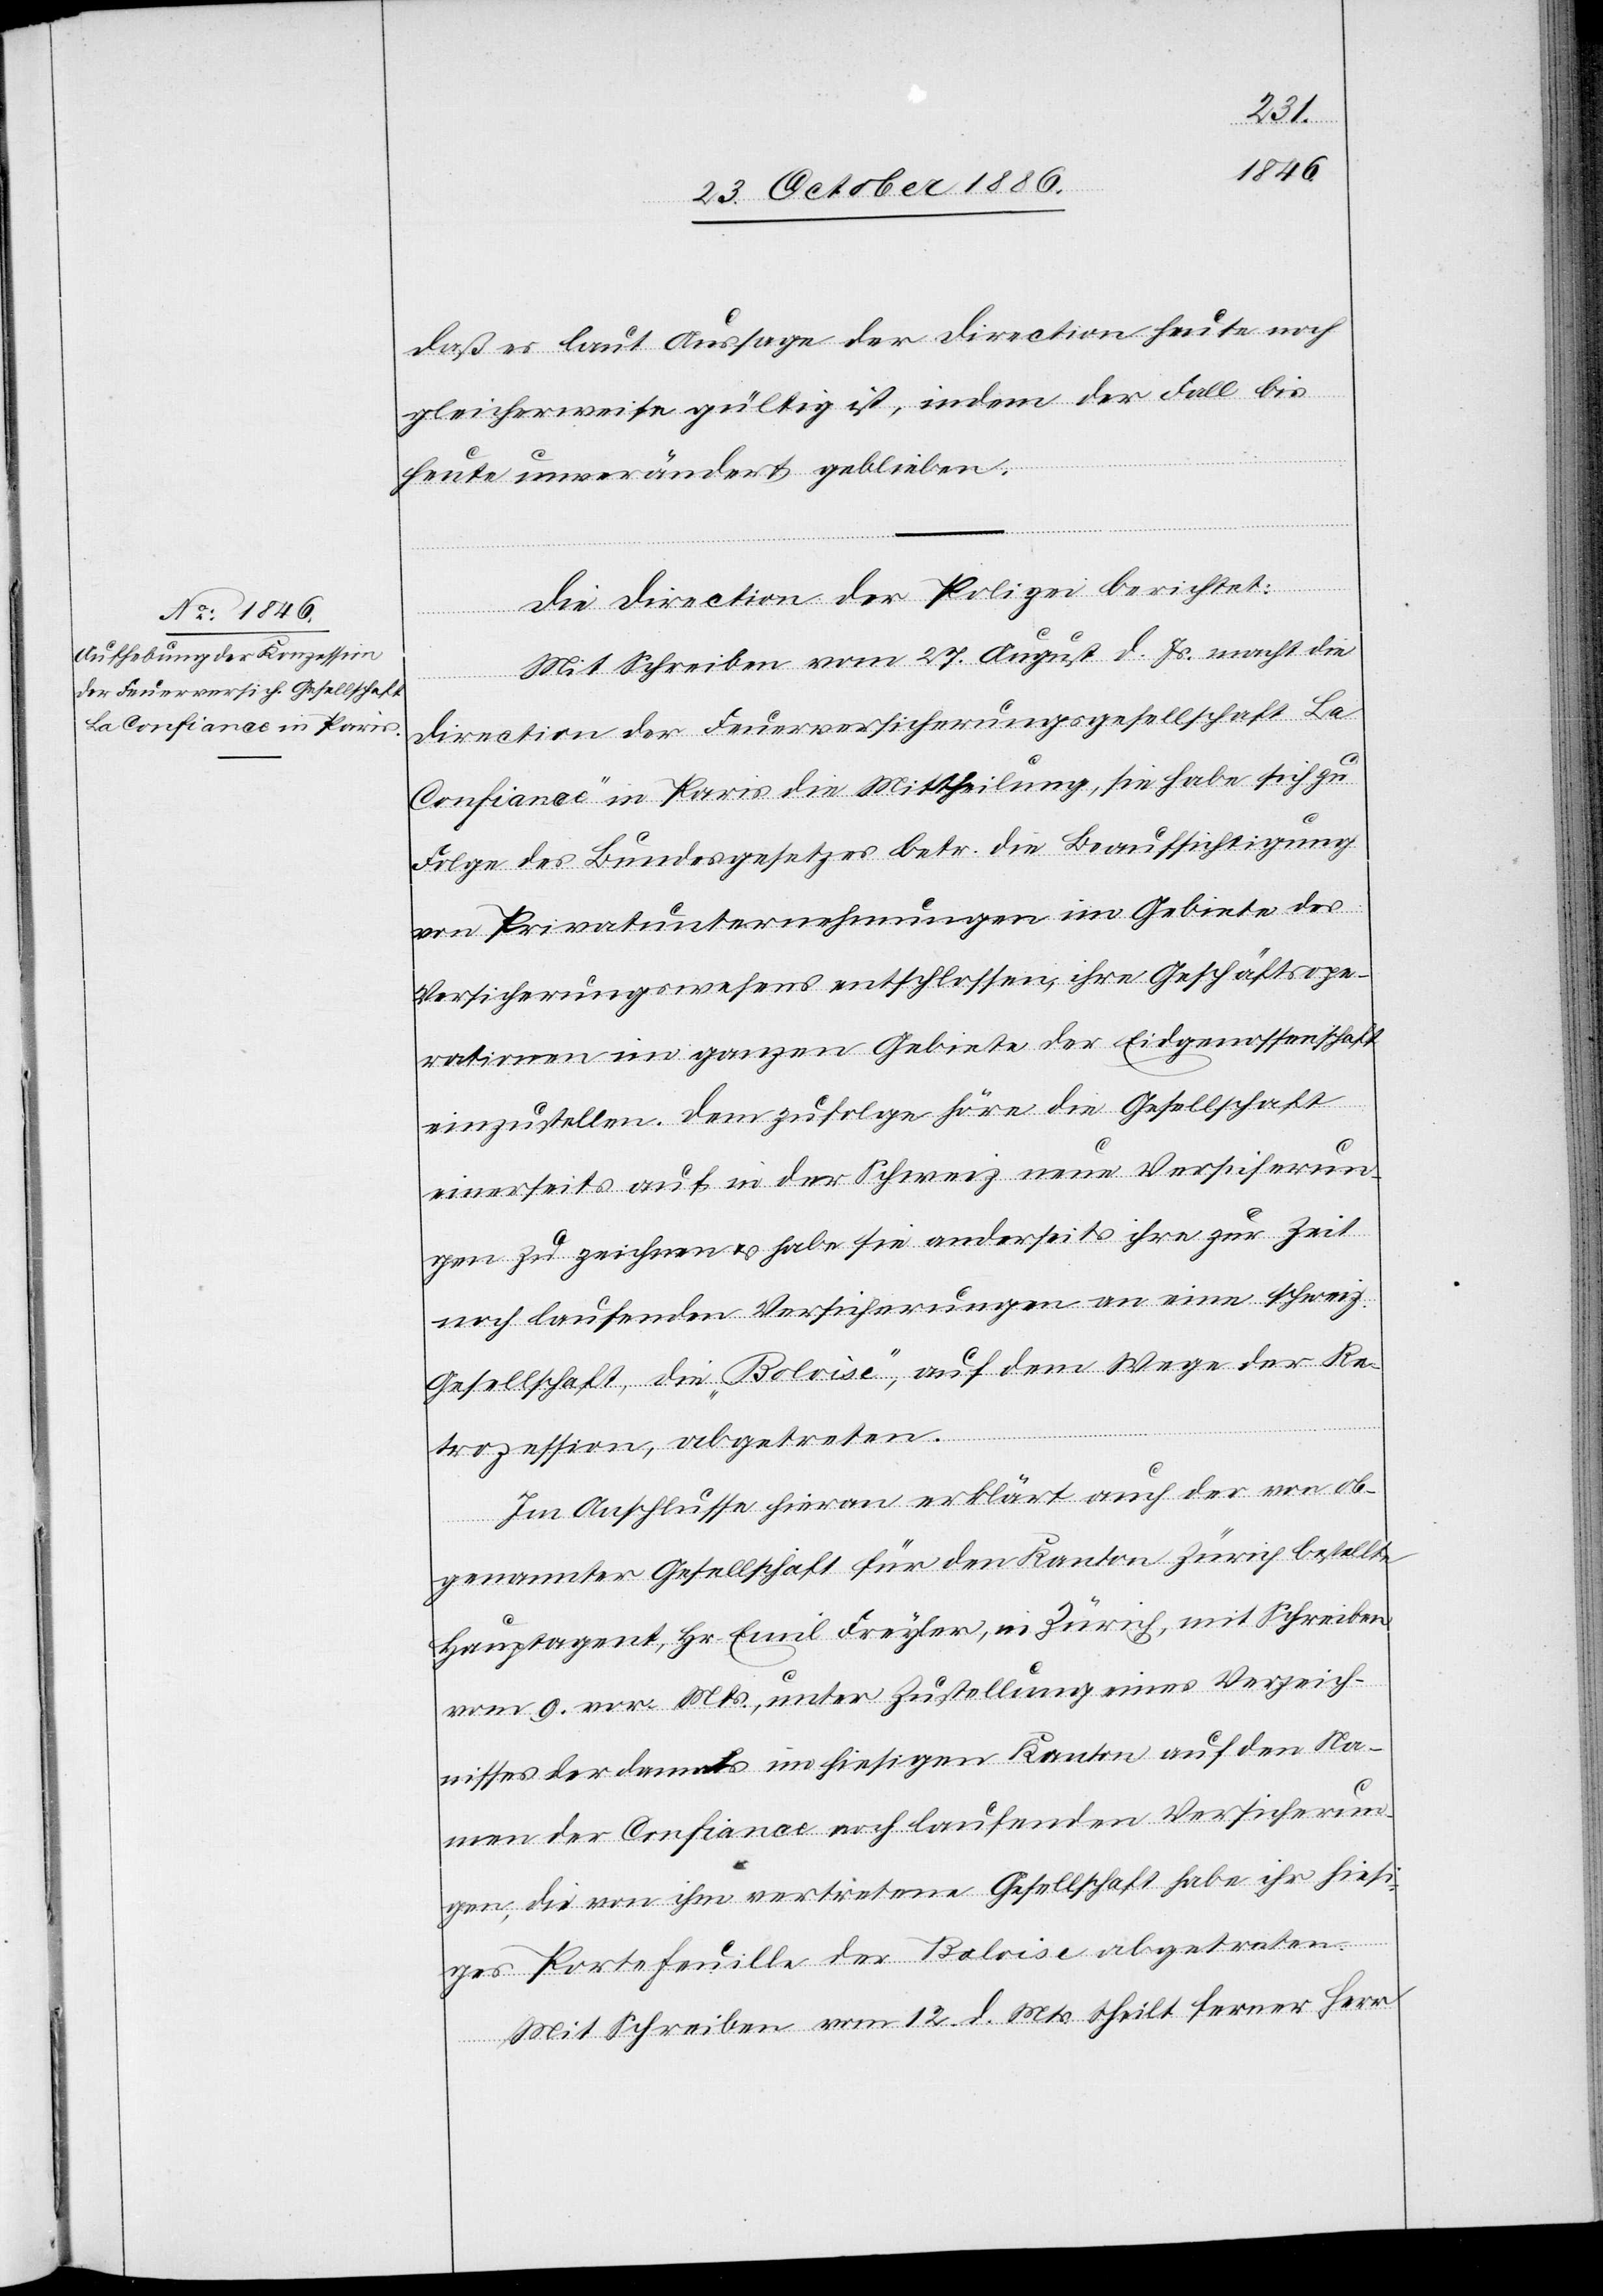
daß es laut Aussage der Direction heute noch
gleicherweise gültig ist, indem der Fall bis
heute unverändert geblieben.
Die Direction der Polizei berichtet:
Re¬
Mit Schreiben vom 27. August d. Js. macht die
Direction der Feuerversicherungsgesellschaft „La
Confiance“ in Paris die Mittheilung, sie habe sich zu
Folge des Bundesgesetzes betr. die Beaufsichtigung
von Privatunternehmungen im Gebiete des
Versicherungswesens entschlossen, ihre Geschäftsope¬
rationen im ganzen Gebiete der Eidgenossenschaft
einzustellen. Dem zufolge höre die Gesellschaft
einerseits auf in der Schweiz neue Versicherun¬
gen zu zeichnen & habe sie anderseits ihre zur Zeit
noch laufenden Versicherungen an eine schweiz.
trozession, abgetreten.
Im Anschlusse hieran erklärt auch der von ob¬
genannter Gesellschaft für den Kanton Zürich bestellte
Hauptagent, Hr. Emil Freyler, in Zürich, mit Schreiben
vom 9. vor. Mts., unter Zustellung eines Verzeich¬
nisses der damals im hiesigen Kanton auf den Na¬
men der Confiance noch laufenden Versicherun¬
gen, die von ihm vertretene Gesellschaft habe ihr hiesi¬
ges Portefeuille der Baloise abgetreten.
Mit Schreiben vom 12. d. Mts. theilt ferner Herr